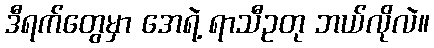
ဒီရက်တွေမှာ အေရဲ့ ရာသီဥတု ဘယ်လိုလဲ။